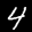
Label: 4